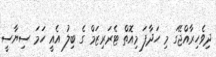
ދިވެހިރާއްޖޭގަ މި ހަދާފަ މިއޮތް ޓެރަރިޒަމް ގެ ބިލު އެއީ ހަމަ ސިޔާސީ